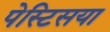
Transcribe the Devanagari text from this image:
पेस्टिसया